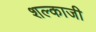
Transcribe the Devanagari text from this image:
शल्काजी